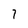
Character: 7